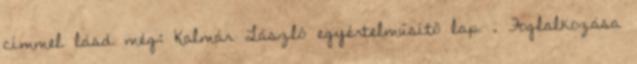
címmel lásd még: Kalmár László egyértelműsítő lap . Foglalkozása